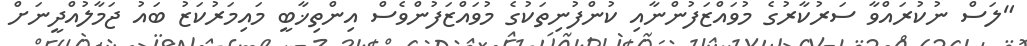
"ލަސް ނުކުރައްވާ ސަރުކާރުގެ މުވައްޒަފުންނާއި ކުންފުނިތަކުގެ މުވައްޒަފުންވެސް އިންތިޚާބީ މައިމަރުކަޒު ބައު ޖަމާލުއްދީނަށް